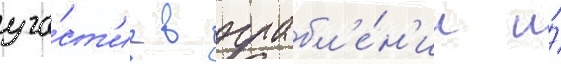
уча́ст'ие в ограбл'е́н'ии и́